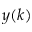
y ( k )